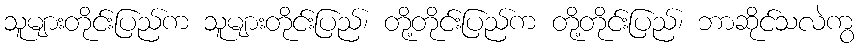
သူများတိုင်းပြည်က သူများတိုင်းပြည်၊ တို့တိုင်းပြည်က တို့တိုင်းပြည်၊ ဘာဆိုင်သလဲကွ